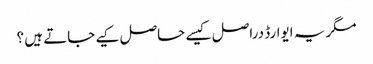
مگر یہ ایوارڈ دراصل کیسے حاصل کیے جاتے ہیں ؟